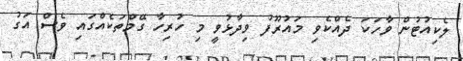
ލެކިއުޓުން ވާހަކަ ދެއްކެވި މައުރޫފު ވިދާޅުވީ މި ހުރިހާ ގޭމްތަކެއްގައި ވެސް އަގު